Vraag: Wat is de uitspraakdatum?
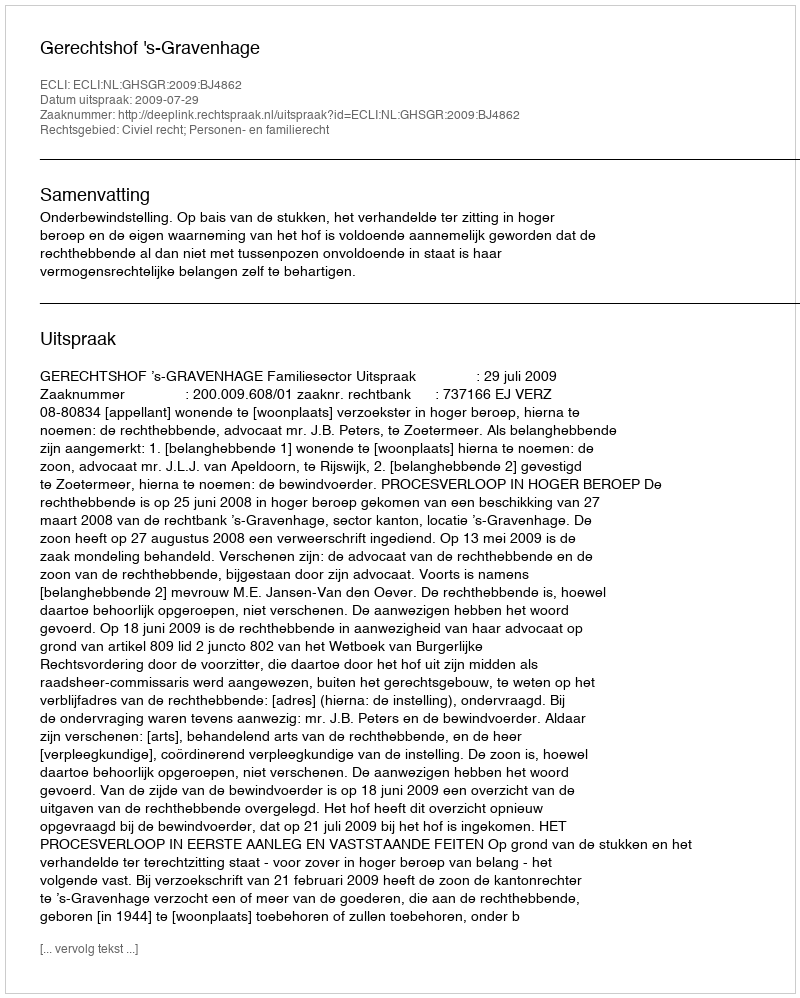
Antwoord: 2009-07-29